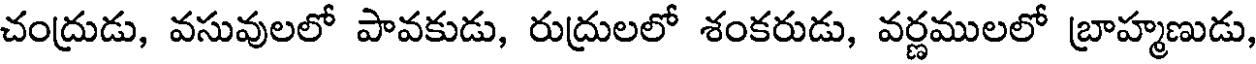
చంద్రుడు, వసువులలో పావకుడు, రుద్రులలో శంకరుడు, వర్ణములలో బ్రాహ్మణుడు,